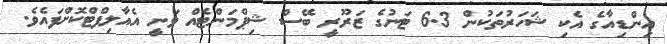
އިންޑިއާގެ އެކި ޝަހަރުތަކުން 6.3 ޓަނުގެ ޒަރޫރީ ބޭސް ޝިޕްމަންޓެއް ވަނީ އެއާލިފްޓްކޮށްފައެވެ.